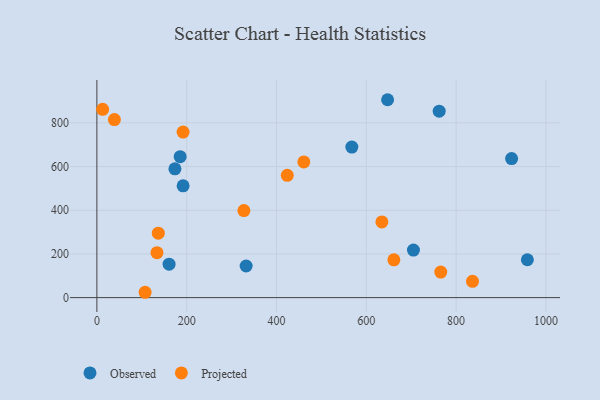
{"axis": {"x": "Experience", "y": "Yield"}, "legend": ["Observed", "Projected"], "data": [{"x": "173.8", "y": 589.9, "type": "Observed"}, {"x": "923.6", "y": 636.5, "type": "Observed"}, {"x": "567.8", "y": 689.2, "type": "Observed"}, {"x": "647.4", "y": 906.1, "type": "Observed"}, {"x": "192.0", "y": 512.0, "type": "Observed"}, {"x": "185.5", "y": 645.2, "type": "Observed"}, {"x": "160.8", "y": 153.3, "type": "Observed"}, {"x": "762.3", "y": 853.8, "type": "Observed"}, {"x": "705.0", "y": 217.7, "type": "Observed"}, {"x": "958.7", "y": 173.4, "type": "Observed"}, {"x": "332.4", "y": 144.7, "type": "Observed"}, {"x": "39.0", "y": 815.4, "type": "Projected"}, {"x": "133.8", "y": 205.7, "type": "Projected"}, {"x": "192.0", "y": 757.8, "type": "Projected"}, {"x": "765.8", "y": 117.0, "type": "Projected"}, {"x": "12.8", "y": 862.0, "type": "Projected"}, {"x": "424.0", "y": 559.9, "type": "Projected"}, {"x": "460.9", "y": 621.5, "type": "Projected"}, {"x": "634.7", "y": 346.7, "type": "Projected"}, {"x": "136.8", "y": 295.2, "type": "Projected"}, {"x": "107.4", "y": 24.4, "type": "Projected"}, {"x": "327.4", "y": 398.6, "type": "Projected"}, {"x": "661.4", "y": 173.2, "type": "Projected"}, {"x": "836.5", "y": 74.4, "type": "Projected"}]}